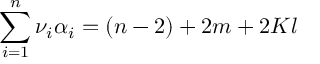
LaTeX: \sum _ { i = 1 } ^ { n } \nu _ { i } \alpha _ { i } = ( n - 2 ) + 2 m + 2 K l